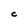
Character: C